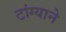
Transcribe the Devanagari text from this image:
टांग्याने